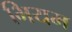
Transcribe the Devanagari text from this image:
भियम